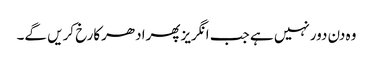
وہ دن دورنہیں ہے جب انگریزپھرادھرکارخ کریں گے۔